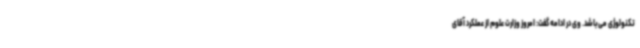
تکنولوژی می‌باشد. وی در ادامه گفت: امروز وزارت علوم از عملکرد آقای